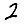
Digit: 2